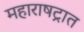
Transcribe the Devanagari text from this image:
महाराषट्रात